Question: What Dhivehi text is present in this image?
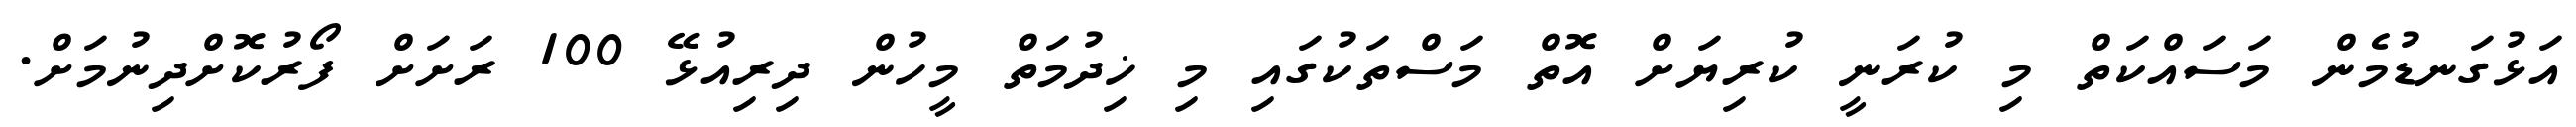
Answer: އަޅުގަނޑުމެން މަސައްކަތް މި ކުރަނީ ކުރިޔަށް އޮތް މަސްތަކުގައި މި ޚިދުމަތް މީހުން ދިރިއުޅޭ 100 ރަށަށް ފޯރުކޮށްދިނުމަށް.